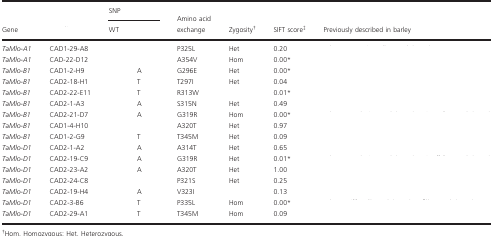
<table><thead><tr><td rowspan="2"><b>Gene</b></td><td rowspan="2">[EMPTY_CELL]</td><td colspan="2"><b>SNP</b></td><td rowspan="2"><b>Amino acid exchange</b></td><td rowspan="2"><b>Zygositya</b></td><td rowspan="2"><b>SIFT scoreb</b></td><td rowspan="2"><b>Previously described in barley</b></td></tr><tr><td><b>WT</b></td><td>[EMPTY_CELL]</td></tr></thead><tbody><tr><td><i>TaMlo‐A1</i></td><td>CAD1‐29‐A8</td><td>[EMPTY_CELL]</td><td>[EMPTY_CELL]</td><td>P325L</td><td>Het</td><td>0.20</td><td>[EMPTY_CELL]</td></tr><tr><td><i>TaMlo‐A1</i></td><td>CAD‐22‐D12</td><td>[EMPTY_CELL]</td><td>[EMPTY_CELL]</td><td>A354V</td><td>Hom</td><td>0.00*</td><td>[EMPTY_CELL]</td></tr><tr><td><i>TaMlo‐B1</i></td><td>CAD1‐2‐H9</td><td>[EMPTY_CELL]</td><td>A</td><td>G296E</td><td>Het</td><td>0.00*</td><td>[EMPTY_CELL]</td></tr><tr><td><i>TaMlo‐B1</i></td><td>CAD2‐18‐H1</td><td>[EMPTY_CELL]</td><td>T</td><td>T297I</td><td>Het</td><td>0.04</td><td>[EMPTY_CELL]</td></tr><tr><td><i>TaMlo‐B1</i></td><td>CAD2‐22‐E11</td><td>[EMPTY_CELL]</td><td>T</td><td>R313W</td><td>[EMPTY_CELL]</td><td>0.01*</td><td>[EMPTY_CELL]</td></tr><tr><td><i>TaMlo‐B1</i></td><td>CAD2‐1‐A3</td><td>[EMPTY_CELL]</td><td>A</td><td>S315N</td><td>Het</td><td>0.49</td><td>[EMPTY_CELL]</td></tr><tr><td><i>TaMlo‐B1</i></td><td>CAD2‐21‐D7</td><td>[EMPTY_CELL]</td><td>A</td><td>G319R</td><td>Hom</td><td>0.00*</td><td>[EMPTY_CELL]</td></tr><tr><td><i>TaMlo‐B1</i></td><td>CAD1‐4‐H10</td><td>[EMPTY_CELL]</td><td>[EMPTY_CELL]</td><td>A320T</td><td>Het</td><td>0.97</td><td>[EMPTY_CELL]</td></tr><tr><td><i>TaMlo‐B1</i></td><td>CAD1‐2‐G9</td><td>[EMPTY_CELL]</td><td>T</td><td>T345M</td><td>Het</td><td>0.09</td><td>[EMPTY_CELL]</td></tr><tr><td><i>TaMlo‐D1</i></td><td>CAD2‐1‐A2</td><td>[EMPTY_CELL]</td><td>A</td><td>A314T</td><td>Het</td><td>0.65</td><td>[EMPTY_CELL]</td></tr><tr><td><i>TaMlo‐D1</i></td><td>CAD2‐19‐C9</td><td>[EMPTY_CELL]</td><td>A</td><td>G319R</td><td>Het</td><td>0.01*</td><td>[EMPTY_CELL]</td></tr><tr><td><i>TaMlo‐D1</i></td><td>CAD2‐23‐A2</td><td>[EMPTY_CELL]</td><td>A</td><td>A320T</td><td>Het</td><td>1.00</td><td>[EMPTY_CELL]</td></tr><tr><td><i>TaMlo‐D1</i></td><td>CAD2‐24‐C8</td><td>[EMPTY_CELL]</td><td>[EMPTY_CELL]</td><td>P321S</td><td>Het</td><td>0.25</td><td>[EMPTY_CELL]</td></tr><tr><td><i>TaMlo‐D1</i></td><td>CAD2‐19‐H4</td><td>[EMPTY_CELL]</td><td>A</td><td>V323I</td><td>[EMPTY_CELL]</td><td>0.13</td><td>[EMPTY_CELL]</td></tr><tr><td><i>TaMlo‐D1</i></td><td>CAD2‐3‐B6</td><td>[EMPTY_CELL]</td><td>T</td><td>P335L</td><td>Hom</td><td>0.00*</td><td>[EMPTY_CELL]</td></tr><tr><td><i>TaMlo‐D1</i></td><td>CAD2‐29‐A1</td><td>[EMPTY_CELL]</td><td>T</td><td>T345M</td><td>Hom</td><td>0.09</td><td>[EMPTY_CELL]</td></tr></tbody></table>